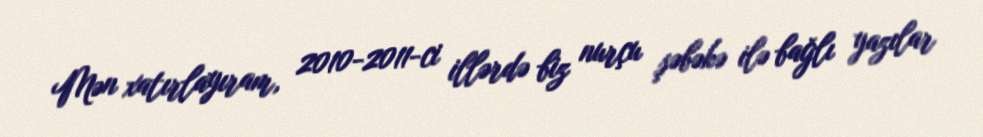
Mən xatırlayıram, 2010-2011-ci illərdə biz nurçu şəbəkə ilə bağlı yazılar